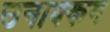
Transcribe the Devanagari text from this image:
उनाक्कम